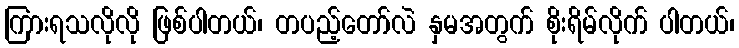
ကြားရသလိုလို ဖြစ်ပါတယ်၊ တပည့်တော်လဲ နှမအတွက် စိုးရိမ်လိုက် ပါတယ်၊